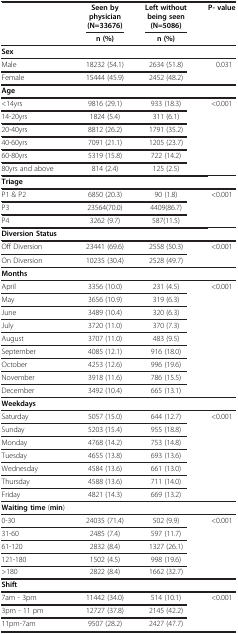
<table><thead><tr><td><b> </b></td><td><b>Seen by physician(N=33676)</b></td><td><b>Left without being seen(N=5086)</b></td><td><b>P- value</b></td></tr><tr><td><b> </b></td><td><b>n (%)</b></td><td><b>n (%)</b></td><td><b> </b></td></tr></thead><tbody><tr><td colspan="4"><b>Sex</b></td></tr><tr><td>Male</td><td>18232 (54.1)</td><td>2634 (51.8)</td><td>0.031</td></tr><tr><td>Female</td><td>15444 (45.9)</td><td>2452 (48.2)</td><td> </td></tr><tr><td><b>Age</b></td><td colspan="3"> </td></tr><tr><td>&lt;14yrs</td><td>9816 (29.1)</td><td>933 (18.3)</td><td>&lt;0.001</td></tr><tr><td>14-20yrs</td><td>1824 (5.4)</td><td>311 (6.1)</td><td> </td></tr><tr><td>20-40yrs</td><td>8812 (26.2)</td><td>1791 (35.2)</td><td> </td></tr><tr><td>40-60yrs</td><td>7091 (21.1)</td><td>1205 (23.7)</td><td> </td></tr><tr><td>60-80yrs</td><td>5319 (15.8)</td><td>722 (14.2)</td><td> </td></tr><tr><td>80yrs and above</td><td>814 (2.4)</td><td>125 (2.5)</td><td> </td></tr><tr><td> </td><td><b>Triage</b></td><td colspan="3"> </td></tr><tr><td>P1 &amp; P2</td><td>6850 (20.3)</td><td>90 (1.8)</td><td>&lt;0.001</td><td> </td></tr><tr><td>P3</td><td>23564(70.0)</td><td>4409(86.7)</td><td> </td><td> </td></tr><tr><td>P4</td><td>3262 (9.7)</td><td>587(11.5)</td><td> </td><td> </td></tr><tr><td><b>Diversion Status</b></td><td colspan="3"> </td><td> </td></tr><tr><td>Off Diversion</td><td>23441 (69.6)</td><td>2558 (50.3)</td><td>&lt;0.001</td><td> </td></tr><tr><td>On Diversion</td><td>10235 (30.4)</td><td>2528 (49.7)</td><td> </td><td> </td></tr><tr><td><b>Months</b></td><td colspan="3"> </td><td> </td></tr><tr><td>April</td><td>3356 (10.0)</td><td>231 (4.5)</td><td>&lt;0.001</td><td> </td></tr><tr><td>May</td><td>3656 (10.9)</td><td>319 (6.3)</td><td> </td><td> </td></tr><tr><td> </td><td>June</td><td>3489 (10.4)</td><td>320 (6.3)</td><td> </td></tr><tr><td>July</td><td>3720 (11.0)</td><td>370 (7.3)</td><td> </td><td> </td></tr><tr><td>August</td><td>3707 (11.0)</td><td>483 (9.5)</td><td> </td><td> </td></tr><tr><td>September</td><td>4085 (12.1)</td><td>916 (18.0)</td><td> </td><td> </td></tr><tr><td>October</td><td>4253 (12.6)</td><td>996 (19.6)</td><td> </td><td> </td></tr><tr><td>November</td><td>3918 (11.6)</td><td>786 (15.5)</td><td> </td><td> </td></tr><tr><td>December</td><td>3492 (10.4)</td><td>665 (13.1)</td><td> </td><td> </td></tr><tr><td><b>Weekdays</b></td><td colspan="3"> </td><td> </td></tr><tr><td>Saturday</td><td>5057 (15.0)</td><td>644 (12.7)</td><td>&lt;0.001</td><td> </td></tr><tr><td>Sunday</td><td>5203 (15.4)</td><td>955 (18.8)</td><td> </td><td> </td></tr><tr><td>Monday</td><td>4768 (14.2)</td><td>753 (14.8)</td><td> </td><td> </td></tr><tr><td>Tuesday</td><td>4655 (13.8)</td><td>693 (13.6)</td><td> </td><td> </td></tr><tr><td>Wednesday</td><td>4584 (13.6)</td><td>661 (13.0)</td><td> </td><td> </td></tr><tr><td>Thursday</td><td>4588 (13.6)</td><td>711 (14.0)</td><td> </td><td> </td></tr><tr><td>Friday</td><td>4821 (14.3)</td><td>669 (13.2)</td><td> </td><td> </td></tr><tr><td><b>Waiting time</b> (<b>min</b>)</td><td colspan="3"> </td><td> </td></tr><tr><td>0-30</td><td>24035 (71.4)</td><td>502 (9.9)</td><td>&lt;0.001</td><td> </td></tr><tr><td>31-60</td><td>2485 (7.4)</td><td>597 (11.7)</td><td> </td><td> </td></tr><tr><td>61-120</td><td>2832 (8.4)</td><td>1327 (26.1)</td><td> </td><td> </td></tr><tr><td>121-180</td><td>1502 (4.5)</td><td>998 (19.6)</td><td> </td><td> </td></tr><tr><td>&gt;180</td><td>2822 (8.4)</td><td>1662 (32.7)</td><td> </td><td> </td></tr><tr><td><b>Shift</b></td><td colspan="3"> </td><td> </td></tr><tr><td>7am - 3pm</td><td>11442 (34.0)</td><td>514 (10.1)</td><td>&lt;0.001</td><td> </td></tr><tr><td>3pm - 11 pm</td><td>12727 (37.8)</td><td>2145 (42.2)</td><td> </td><td> </td></tr><tr><td>11pm-7am</td><td>9507 (28.2)</td><td>2427 (47.7)</td><td> </td><td> </td></tr></tbody></table>